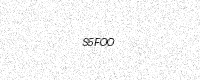
Text: S5FOO